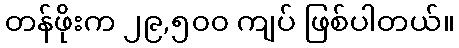
တန်ဖိုးက ၂၉,၅၀၀ ကျပ် ဖြစ်ပါတယ်။